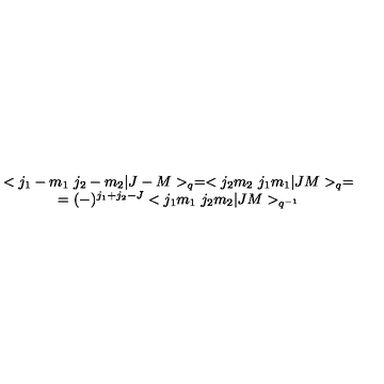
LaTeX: \begin{array} { c } { < j _ { 1 } - m _ { 1 } \ j _ { 2 } - m _ { 2 } | J - M > _ { q } = < j _ { 2 } m _ { 2 } \ j _ { 1 } m _ { 1 } | J M > _ { q } = } \\ { = ( - ) ^ { j _ { 1 } + j _ { 2 } - J } < j _ { 1 } m _ { 1 } \ j _ { 2 } m _ { 2 } | J M > _ { q ^ { - 1 } } } \\ \end{array}